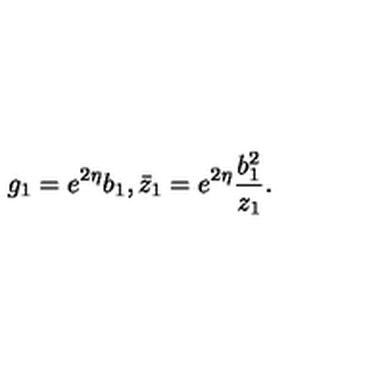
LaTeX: g _ { 1 } = e ^ { 2 \eta } b _ { 1 } , \bar { z } _ { 1 } = e ^ { 2 \eta } \frac { b _ { 1 } ^ { 2 } } { z _ { 1 } } .